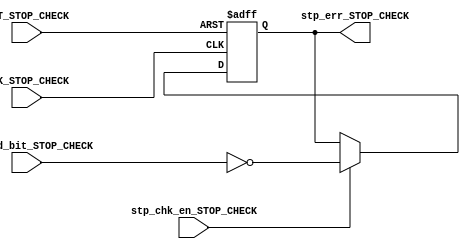
module STOP_CHECK_URT_RX (
    input     wire         CLK_STOP_CHECK,
    input     wire         RST_STOP_CHECK,
    input     wire         stp_chk_en_STOP_CHECK,
    input     wire         sampled_bit_STOP_CHECK,

    output    reg          stp_err_STOP_CHECK
);



always @(posedge CLK_STOP_CHECK or negedge RST_STOP_CHECK)
    begin
        if(!RST_STOP_CHECK)
           begin
            stp_err_STOP_CHECK<='b0;
           end
        else if(stp_chk_en_STOP_CHECK)
             begin
            stp_err_STOP_CHECK <= 1'b1 ^ sampled_bit_STOP_CHECK;
            end
          end
endmodule